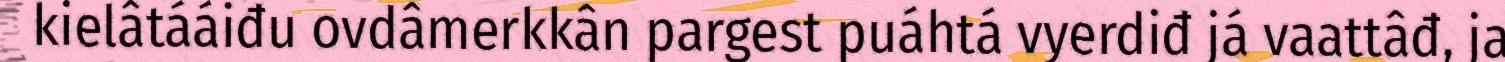
kielâtááiđu ovdâmerkkân pargest puáhtá vyerdiđ já vaattâđ, ja